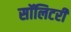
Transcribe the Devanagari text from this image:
सॉलिटरी